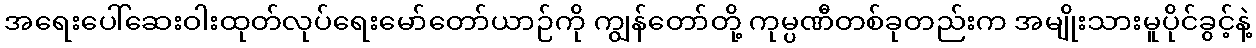
အရေးပေါ်ဆေးဝါးထုတ်လုပ်ရေးမော်တော်ယာဉ်ကို ကျွန်တော်တို့ ကုမ္ပဏီတစ်ခုတည်းက အမျိုးသားမူပိုင်ခွင့်နဲ့